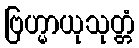
ဗြဟ္မာယုသုတ္တံ